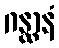
ဂန္ထာနံ